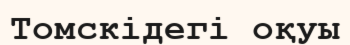
Томскідегі оқуы